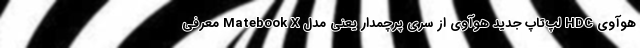
هوآوی HDC لپ‌تاپ جدید هوآوی از سری پرچمدار یعنی مدل Matebook X معرفی